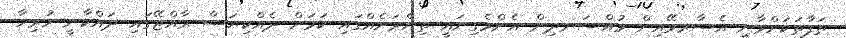
ތަފާތަކަށްވާނީ އެސާރވޭއިން މުއްސަނދިން އެންމެގިނައީ ތިންރަށެއްގައި ކަމަށް ދެއްކިޔަސް ރާއްޖޭގައި ދައްކާނީ ހުރިހާ